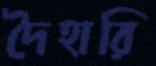
দৈহারি